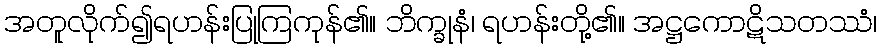
အတူလိုက်၍ရဟန်းပြုကြကုန်၏။ ဘိက္ခုနံ၊ ရဟန်းတို့၏။ အဋ္ဌကောဋိသတဿံ၊